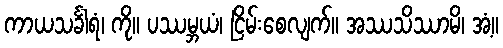
ကာယသင်္ခါရံ၊ ကို။ ပဿမ္ဘယံ၊ ငြိမ်းစေလျက်။ အဿသိဿာမိ၊ အံ့။